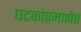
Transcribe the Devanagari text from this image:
घटकांप्रमाणेच